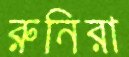
রুনিরা